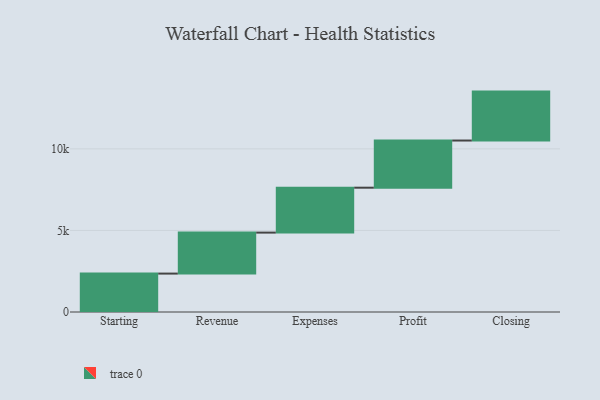
{"axis": {"x": "Step", "y": "Value"}, "legend": [""], "data": [{"x": "Starting", "y": 2355.0, "type": ""}, {"x": "Revenue", "y": 2513.0, "type": ""}, {"x": "Expenses", "y": 2753.0, "type": ""}, {"x": "Profit", "y": 2891.0, "type": ""}, {"x": "Closing", "y": 3000, "type": ""}]}